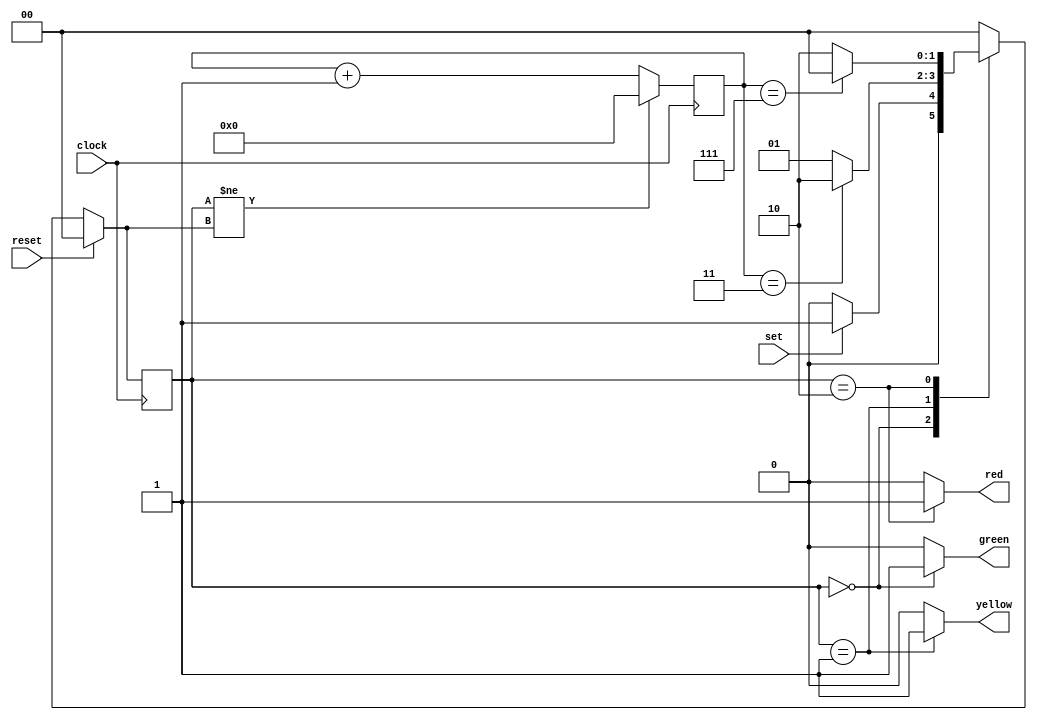
module lab11_1(clock,reset,set,green,yellow,red);

	input clock;
	input reset;
	input set;

	output green;
	output yellow;
	output red;

	reg [1:0]   state,next_state;
	reg         green,yellow,red;
	reg [4:0]   count;

	always @(posedge clock) begin
		state <= next_state;
	end

	always @(state or reset or set or count) begin
		if(reset == 1'b1)
			next_state = 2'd0;
		else begin
			case(state)
				2'd0:
					if(set == 1'b1)
						next_state = 2'd1;
					else
						next_state = 2'd0;
				2'd1:
					if(count == 5'd3)
						next_state = 2'd2;
					else
						next_state = 2'd1;
				2'd2:
					if(count == 5'd7)
						next_state = 2'd0;
					else
						next_state = 2'd2;
				default:next_state = 2'd0;
			endcase 
		end
	end

	always @(state) begin
		case(state)
			2'd0: begin
				green = 1'b1;
				yellow = 1'b0;
				red = 1'b0;
			end
			2'd1: begin
				green = 1'b0;
				yellow = 1'b1;
				red = 1'b0;
			end
			2'd2: begin
				green = 1'b0;
				yellow = 1'b0;
				red = 1'b1;
			end
			default: begin
				green = 1'b0;
				yellow = 1'b0;
				red = 1'b0;
			end
		endcase
	end

	always @(posedge clock) begin
		if(state != next_state)
			count <= 5'd0;
		else
			count <= count + 5'd1;
	end

endmodule